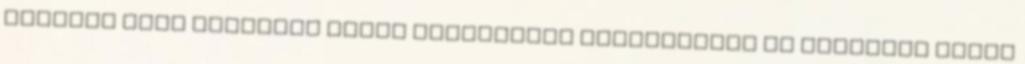
júniusi Első Hallásra rovat legnagyobb meglepetése az amerikai Black